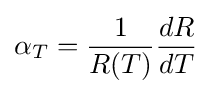
\alpha _{T}={\frac {1}{R(T)}}{\frac {dR}{dT}}